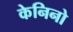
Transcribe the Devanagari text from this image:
केनिनो